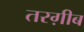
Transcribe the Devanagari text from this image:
तरग़ीब